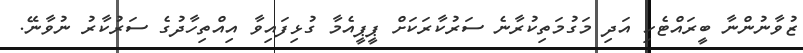
ޒުވާނުންނާ ބީރައްޓެހި އަދި މަގުމަތިކުރާނެ ސަރުކާރަކަށް ޕީޕީއެމާ ގުޅިފައިވާ އިއްތިހާދުގެ ސަރުކާރު ނުވާނޭ.